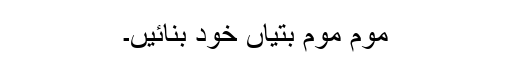
موم موم بتیاں خود بنائیں۔